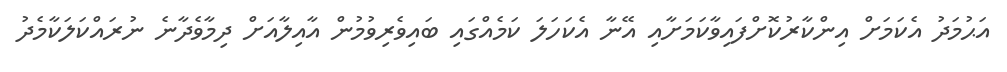
އަޙުމަދު އެކަމަށް އިންކާރުކޮށްފައިވާކަމަށާއި އޭނާ އެކަހަލަ ކަމެއްގައި ބައިވެރިވުމުން އާއިލާއަށް ދިމާވެދާނެ ނުރައްކަލަކާމެދު